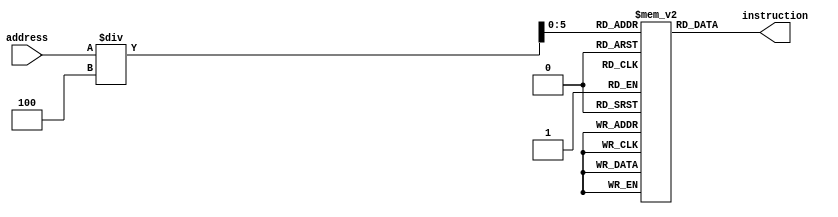
module instruction_memory ( input [31:0]address, output reg [31:0]instruction );

reg [31:0]program_memory[0:50];

initial
begin 
program_memory[0] = 32'b000111_01010_01100_0000000000000001; //_7_2_1_0_32

program_memory[1] = 32'b000111_01010_01100_0000000000000001; //_7_2_1_0_32
 
program_memory[2] = 32'b000000_01100_00010_00010_00000_100000; //0_1_2_3_0_32

program_memory[3] = 32'b000000_01100_01000_00010_00000_100000; //0_1_2_3_0_32

program_memory[4] = 32'b000000_00001_00010_00011_00000_100000; //0_1_2_3_0_32
//add 1,2,7
 
program_memory[5] = 32'b000000_00111_00010_00001_00000_100000; //_7_2_1_0_32
 
//add 2,3,7
 
program_memory[6] = 32'b000000_00111_00011_00010_00000_100000; //0_7_3_2_0_32
//add 6,0,8
 
program_memory[7] = 32'b000000_01000_00000_00110_00000_100000; //0_8_0_6_0_32
 
//add 0,6,7
 
program_memory[8] = 32'b000000_00110_00111_00000_00000_100000; //0_6_7_0_0_32

//beq 0,5,addr2 
program_memory[9] = 32'b000100_00000_00101_00000_00000_000001; //4_0_5_0_0_1
program_memory[10] = 32'b000100_00000_00101_00000_00000_000001; //4_0_5_0_0_1
//jump addr1
 
program_memory[11] = 32'b000010_00000_00000_00000_00000_000001; //2_0_0_0_0_1
//jump addr2
program_memory[12] = 32'b000010_00000_00000_00000_00000_001000; //2_0_0_0_0_8
end

  always @(*)
 
 
		begin
			
			instruction[31:24] = program_memory[address/4][31:24];
			instruction[23:16] = program_memory[address/4][23:16];
			instruction[15:8] = program_memory[address/4][15:8];
			instruction[7:0] = program_memory[address/4][7:0];
		end
endmodule